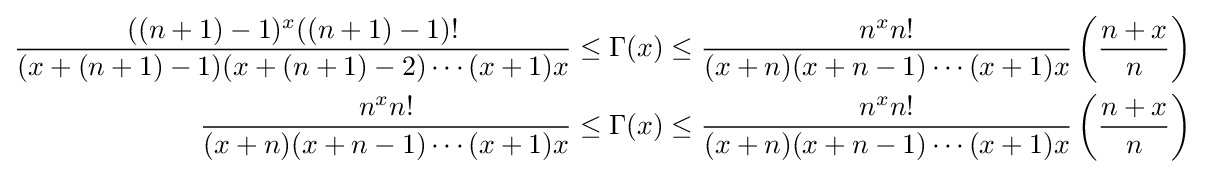
{\begin{aligned}{\frac {((n+1)-1)^{x}((n+1)-1)!}{(x+(n+1)-1)(x+(n+1)-2)\cdots (x+1)x}}&\leq \Gamma (x)\leq {\frac {n^{x}n!}{(x+n)(x+n-1)\cdots (x+1)x}}\left({\frac {n+x}{n}}\right)\\{\frac {n^{x}n!}{(x+n)(x+n-1)\cdots (x+1)x}}&\leq \Gamma (x)\leq {\frac {n^{x}n!}{(x+n)(x+n-1)\cdots (x+1)x}}\left({\frac {n+x}{n}}\right)\end{aligned}}